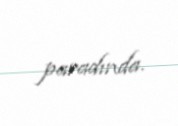
paradında.